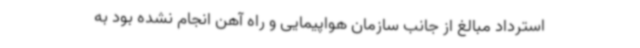
استرداد مبالغ از جانب سازمان هواپیمایی و راه آهن انجام نشده بود به